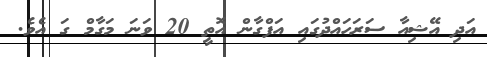
އަދި އޭޝިއާ ސަރަހައްދުގައި އަފްގާން އޮތީ 20 ވަނަ މަގާމް ގަ އެވެ.